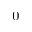
^ 0